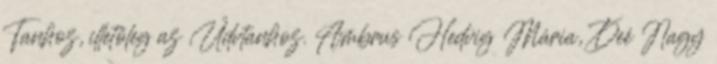
Tanhoz, illetőleg az Üdvtanhoz. Ambrus Hedvig Mária, Deé Nagy